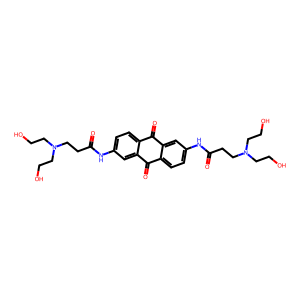
SMILES: O=C(CCN(CCO)CCO)Nc1ccc2c(c1)C(=O)c1ccc(NC(=O)CCN(CCO)CCO)cc1C2=O
Inhibits HIV replication: No